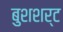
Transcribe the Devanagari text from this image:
बुशशर्ट